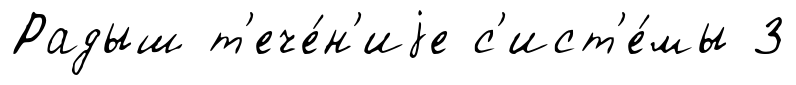
Радыш т'ече́н'иjе с'ист'е́мы 3